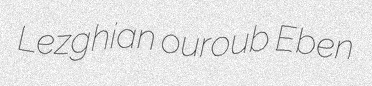
Lezghian ouroub Eben